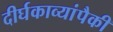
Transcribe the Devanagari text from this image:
दीर्घकाव्यांपैकी